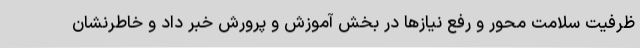
ظرفیت سلامت محور و رفع نیازها در بخش آموزش و پرورش خبر داد و خاطرنشان